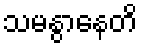
သမနွာနေတိ